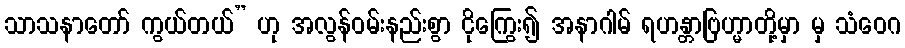
သာသနာတော် ကွယ်တယ်” ဟု အလွန်ဝမ်းနည်းစွာ ငိုကြွေး၍ အနာဂါမ် ရဟန္တာဗြဟ္မာတို့မှာ မှ သံဝေဂ